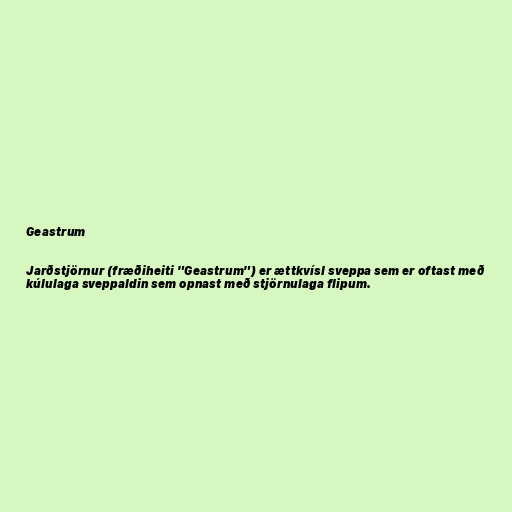
Geastrum

Jarðstjörnur (fræðiheiti "Geastrum") er ættkvísl sveppa sem er oftast með
kúlulaga sveppaldin sem opnast með stjörnulaga flipum.